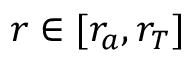
r \in [ r _ { a } , r _ { T } ]